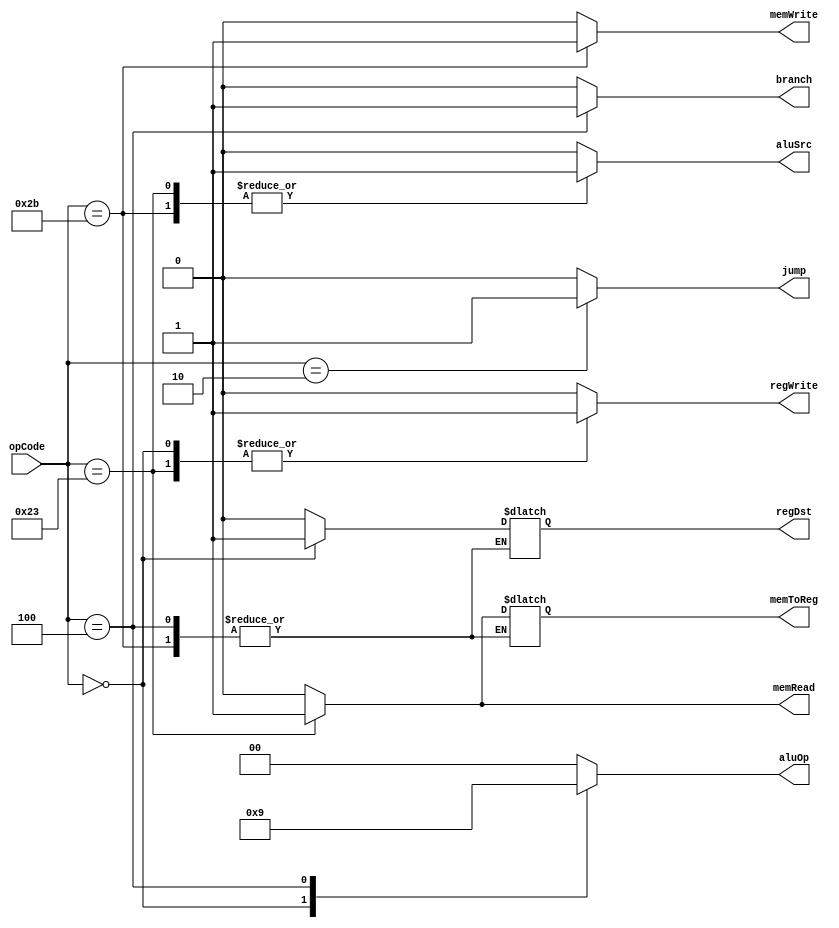
`timescale 1ns / 1ps
//////////////////////////////////////////////////////////////////////////////////
// Company: 
// Engineer: 
// 
// Design Name: 
// Module Name:    Ctr 
// Project Name: 
// Target Devices: 
// Tool versions: 
// Description: 
//
// Dependencies: 
//
// Revision: 
// Revision 0.01 - File Created
// Additional Comments: 
//
//////////////////////////////////////////////////////////////////////////////////
module Ctr(opCode, regDst, aluSrc, memToReg, regWrite, memRead, memWrite, branch, aluOp, jump);
   input [5:0] opCode;
   output reg regDst;
   output reg aluSrc;
   output reg memToReg;
   output reg regWrite;
   output reg memRead;
	output reg memWrite;
   output reg branch;
   output reg [1:0] aluOp;
   output reg jump;
	
	always @ (opCode)
	begin
	case (opCode)
	   6'b000010:// jump
		begin
		   regDst = 0;
			aluSrc = 0;
			memToReg = 0;
			regWrite = 0;
			memRead = 0;
			memWrite = 0;
			branch = 0;
			aluOp = 2'b00;
			jump = 1;
		end
		6'b000000:// R-format
		begin
		   regDst = 1;
			aluSrc = 0;
			memToReg = 0;
			regWrite = 1;
			memRead = 0;
			memWrite = 0;
			branch = 0;
			aluOp = 2'b10;
			jump = 0;
		end
		6'b100011:// lw
		begin
		   regDst = 0;
			aluSrc = 1;
			memToReg = 1;
			regWrite = 1;
			memRead = 1;
			memWrite = 0;
			branch = 0;
			aluOp = 2'b00;
			jump = 0;
		end
		6'b101011:// sw
		begin
		   //regDst = 1;//
			aluSrc = 1;
			//memToReg = 1;//
			regWrite = 0;
			memRead = 0;
			memWrite = 1;
			branch = 0;
			aluOp = 2'b00;
			jump = 0;
		end
		6'b000100:// beq
		begin
		   //regDst = 1;//
			aluSrc = 0;
			//memToReg = 1;//
			regWrite = 0;
			memRead = 0;
			memWrite = 0;
			branch = 1;
			aluOp = 2'b01;
			jump = 0;
		end
		default:
		begin
		   regDst = 0;
			aluSrc = 0;
			memToReg = 0;
			regWrite = 0;
			memRead = 0;
			memWrite = 0;
			branch = 0;
			aluOp = 2'b00;
			jump = 0;
		end
	endcase
	end
endmodule